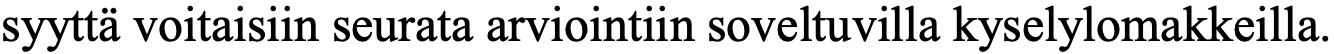
syyttä voitaisiin seurata arviointiin soveltuvilla kyselylomakkeilla.